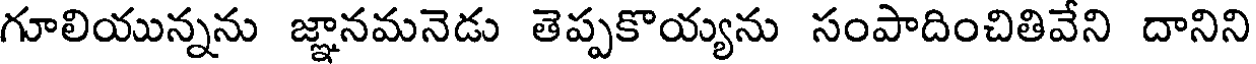
గూలియున్నను జ్ఞానమనెడు తెప్పకొయ్యను సంపాదించితివేని దానిని